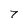
Character: 7